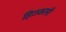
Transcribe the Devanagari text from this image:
हितकामी